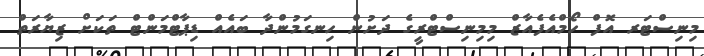
މިނިސްޓަރ އޮފް ހޯމްއެފެއާޒް މިމިނިސްޓްރީގެ ދަށުން ހިނގަމުންދާ ބައެއް ޑިޕާޓްމަންޓް ތަކަށް ޒިޔާރަތް